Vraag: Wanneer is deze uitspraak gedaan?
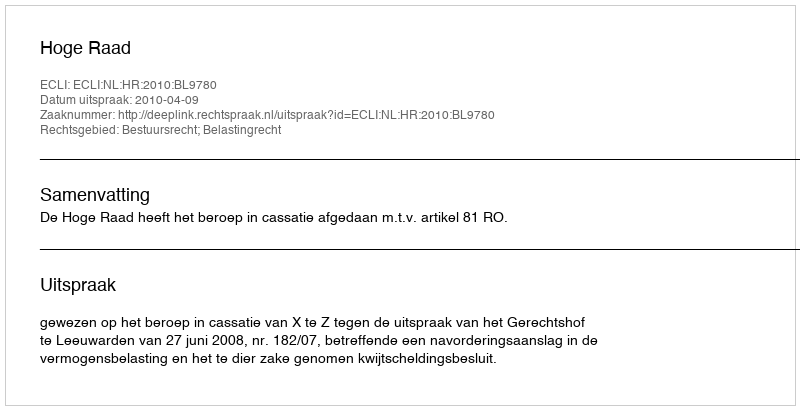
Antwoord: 2010-04-09